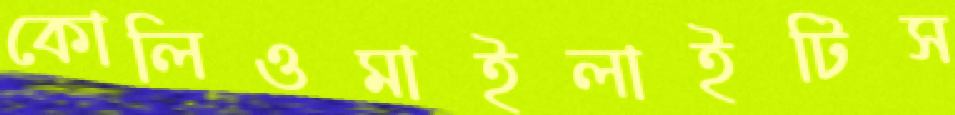
কোলিওমাইলাইটিস